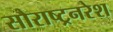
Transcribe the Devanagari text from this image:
सौराष्ट्रनरेश